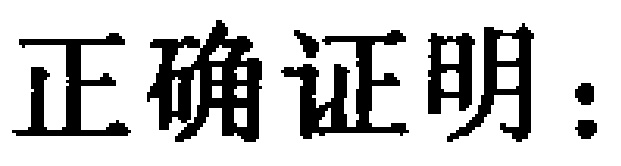
正确证明：